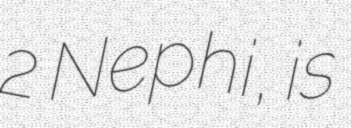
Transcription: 2 Nephi, is